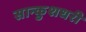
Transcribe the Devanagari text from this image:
सान्कुशधरी